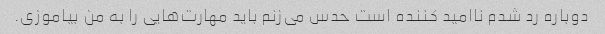
دوباره رد شدم ناامید کننده است حدس می‌زنم باید مهارت‌هایی را به من بیاموزی.